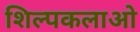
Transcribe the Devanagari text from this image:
शिल्‍पकलाओ